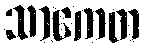
သာကေတ